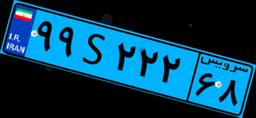
۲۴S۷۵۶۸۹